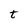
Character: t